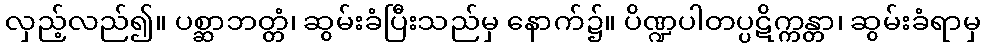
လှည့်လည်၍။ ပစ္ဆာဘတ္တံ၊ ဆွမ်းခံပြီးသည်မှ နောက်၌။ ပိဏ္ဍပါတပ္ပဋိက္ကန္တာ၊ ဆွမ်းခံရာမှ